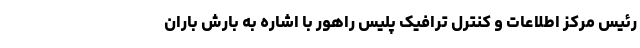
رئیس مرکز اطلاعات و کنترل ترافیک پلیس راهور با اشاره به بارش باران